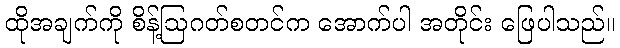
ထိုအချက်ကို စိန့်ဩဂတ်စတင်က အောက်ပါ အတိုင်း ဖြေပါသည်။